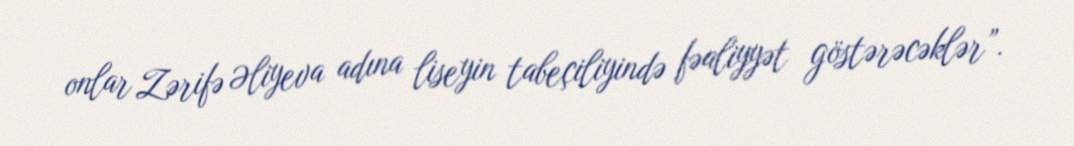
onlar Zərifə Əliyeva adına liseyin tabeçiliyində fəaliyyət göstərəcəklər”.